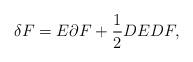
LaTeX: \begin{align*}\delta F=E\partial F+\frac{1}{2}DE DF,\end{align*}